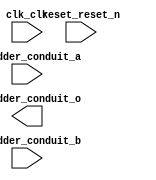

module unsaved (
	clk_clk,
	reset_reset_n,
	my_adder_conduit_a,
	my_adder_conduit_o,
	my_adder_conduit_b);	

	input		clk_clk;
	input		reset_reset_n;
	input	[7:0]	my_adder_conduit_a;
	output	[7:0]	my_adder_conduit_o;
	input	[7:0]	my_adder_conduit_b;
endmodule